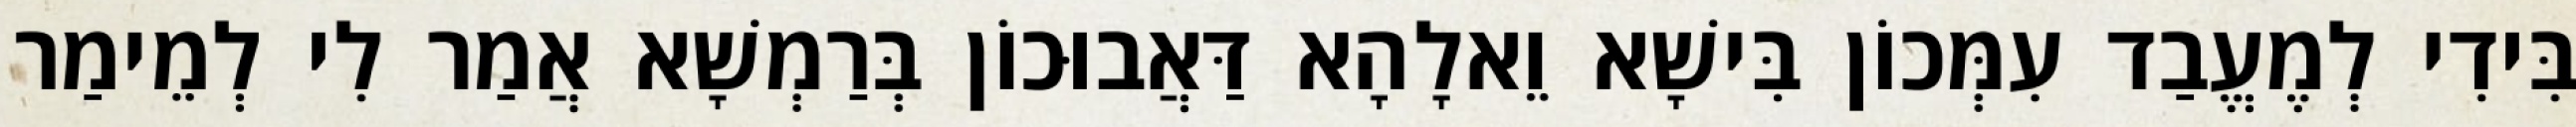
בִּידִי לְמֶעֱבַד עִמְּכוֹן בִּישָׁא וֵאלָהָא דַּאֲבוּכוֹן בְּרַמְשָׁא אֲמַר לִי לְמֵימַר